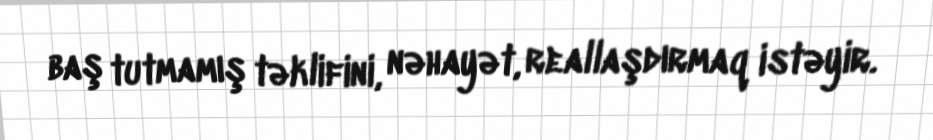
baş tutmamış təklifini, nəhayət, reallaşdırmaq istəyir.